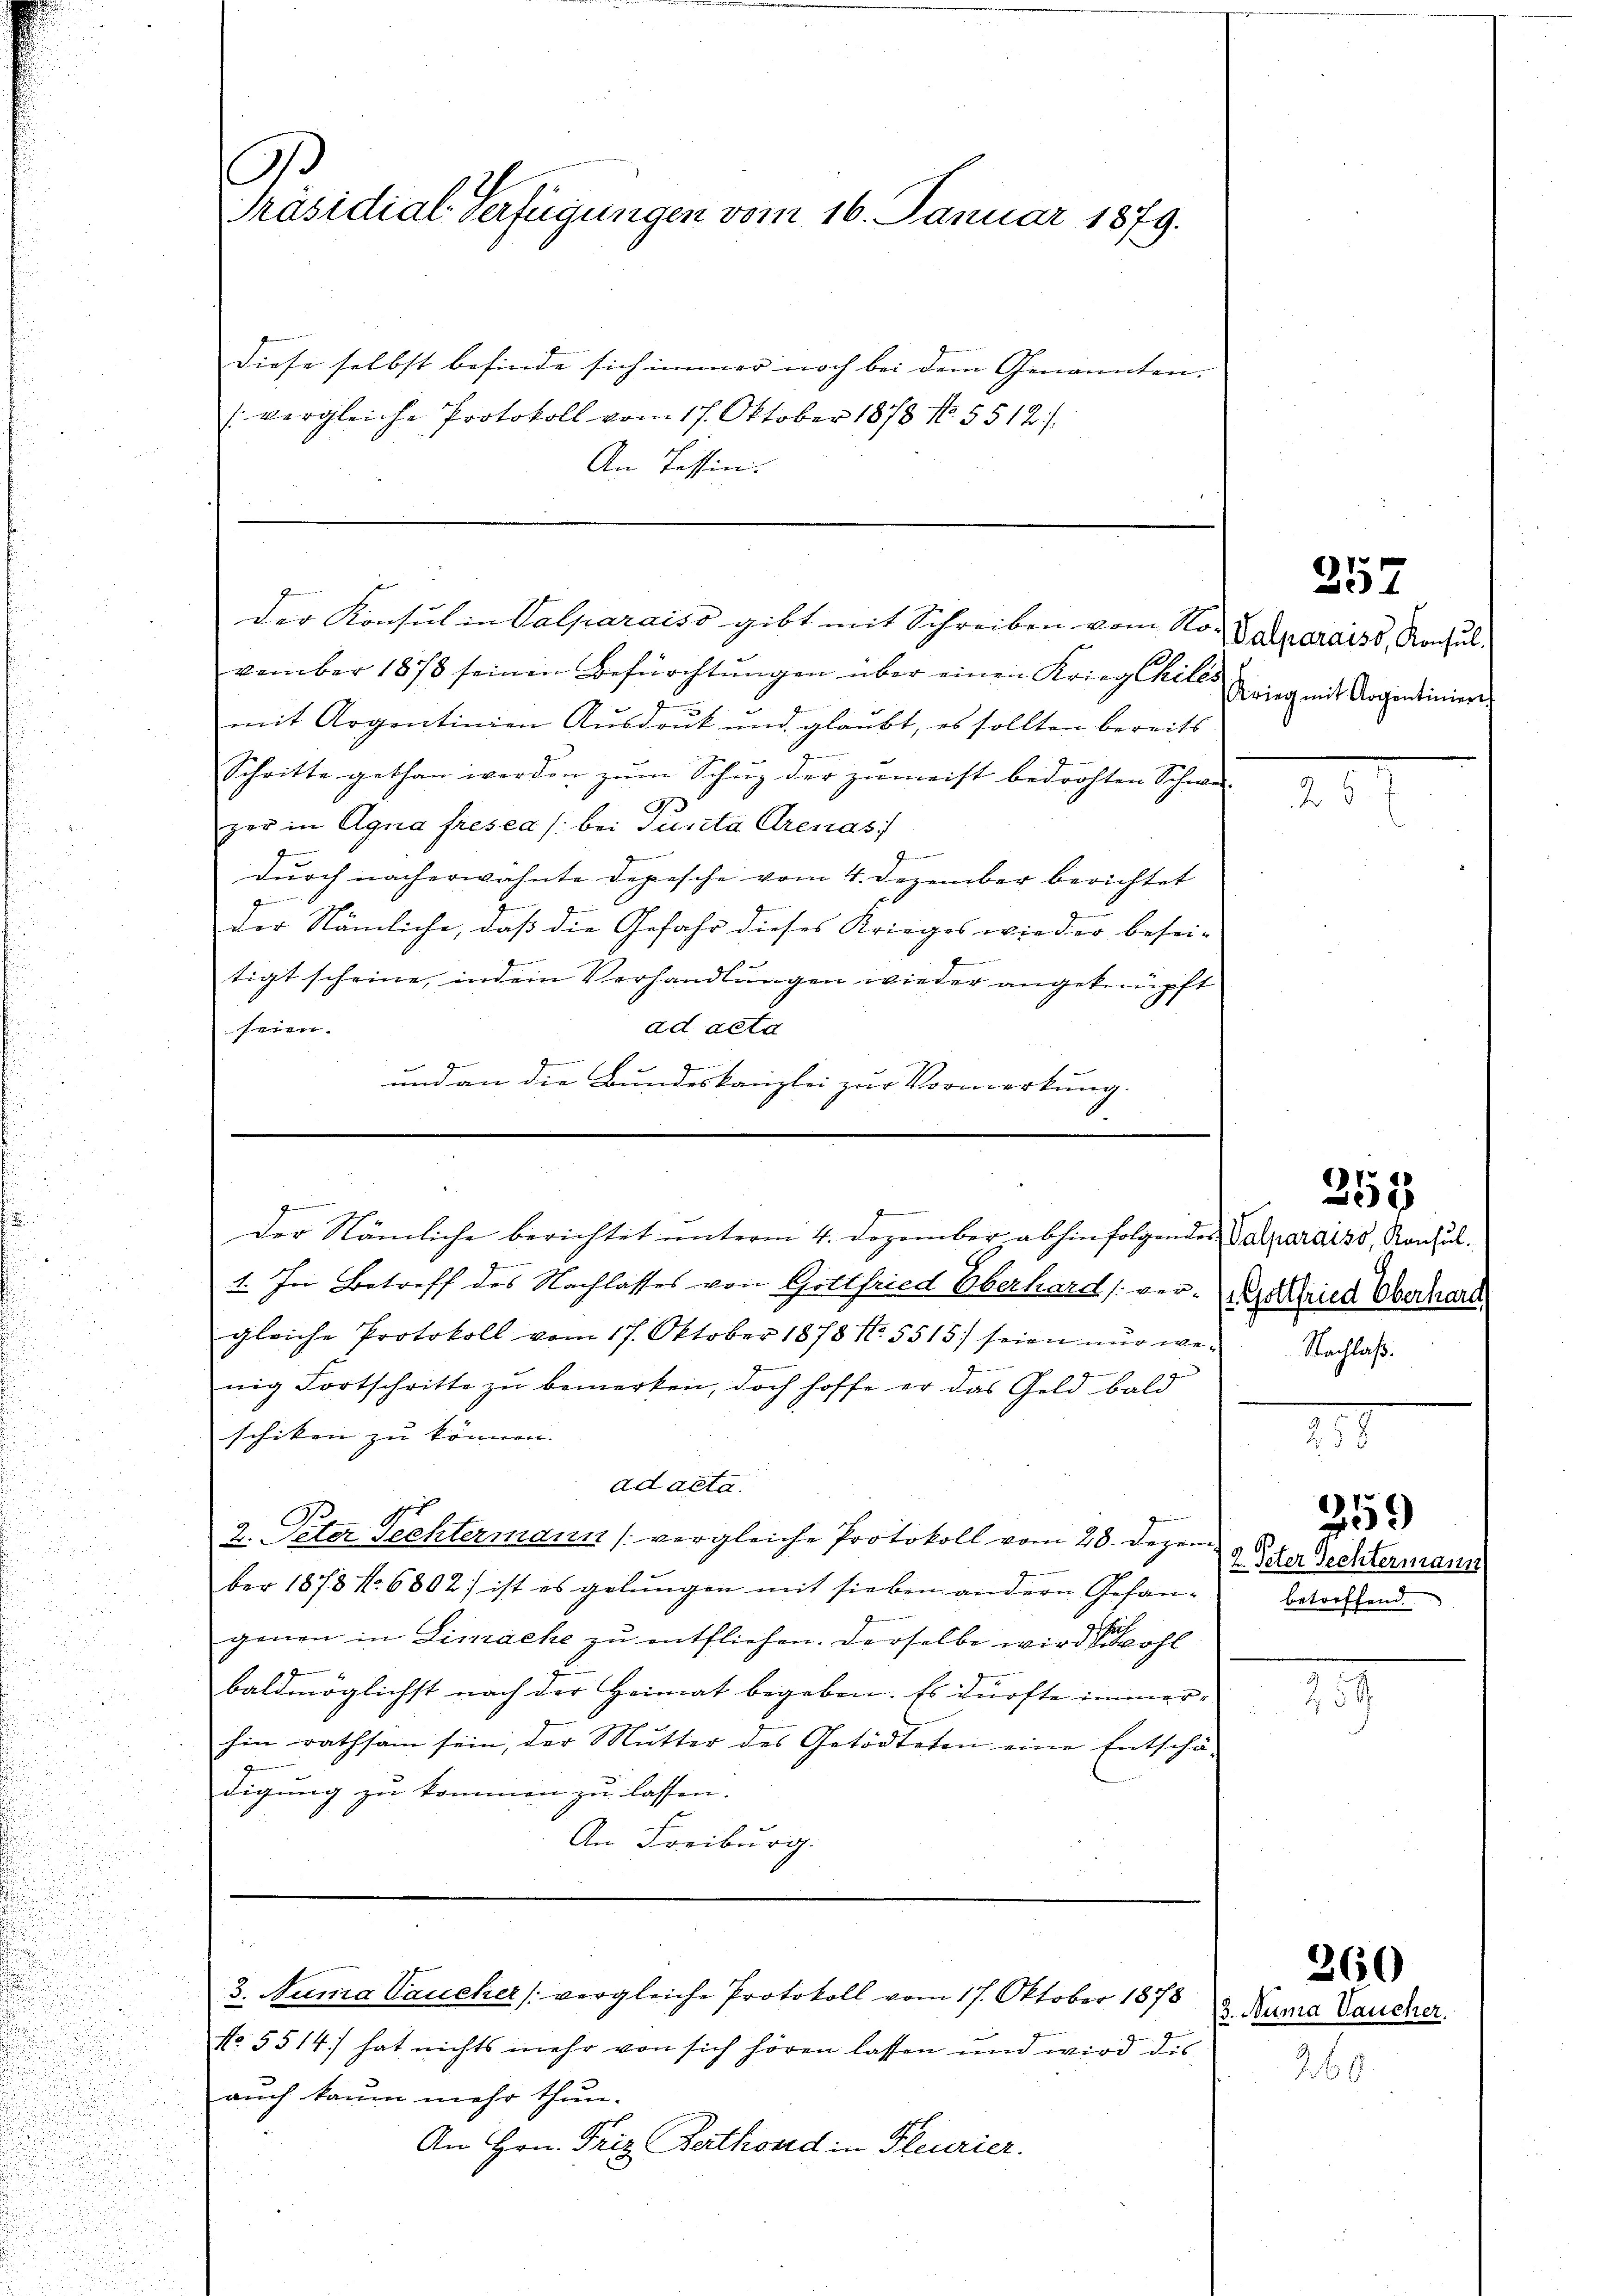
u

.
Präsidial-Verfügungen vom 16. Januar 1879.

Diese selbst befinde sich immer noch bei dem Genannten. |
(vergleiche Protokoll vom 17. Oktober 1878 No. 5512/
An Tessin.

vember 1878 seinen Befürchtŭngen über einen Kriegshiles
mit Argentinien Ausdruck und glaubt, es sollten bereits
Schritte gethan werden zum Schup der zumeist bedrohten Schwe-
zer in Agna fresea /: bei Puncta Arenas
durch nacherwähnte Depesche vom 4. Dezember berichtet
g
der Nämliche, daß die Gefahr dieses Krieges wieder besei-
tigt scheine, indem Verhandlungen wieder angeknüpft
ad acta
seien.
G
und an die Bundeskanzlei zur Vormerkung.
.

Der Konsul in Valparaiso gibt mit Schreiben vom No. V. Deparaiss, Rochul

der Nämliche berichtet unterm 4. Dezember abhin folgendes Valpardiss, Konsul

g
1. In Betreff des Nachlasses von Gottfried Oberhard [ver- Kried Oberhard
gleiche Protokoll vom 17. Oktober 1878 No. 5515. seien nŭr we- Nachlaβ.
nig Fortschritte zu bemerken, doch hoffe er das Geld bald
schiken zu können. |
ad acta.
2. Peter Techtermann (vergleiche Protokoll vom 28. Dezember 1873 No 6802) ist es gelungen mit sieben andern Gefängenen in Limache zu entfliehen. Derselbe wird sie wohl
baldmöglichst nach der Heimat begeben. Es dürfte immer- |
hin rathsam sein, der Mutter des Getödteten eine Entschä-
digung zu kommen zu lassen.
An Freiburg.

3. Numa Vaucker (vergleiche Protokoll vom 17. Oktober 1878

d
No. 5514) hat nichts mehr von sich hören lassen und wird dis-
auch kaum mehr thun.
An Hrn. Friz Parthond in Fleurier.

257

Krieg mit Argentiniere

358

22. Peter Rechtermann
betreffend.

259

259

3. Numa Vaucher.

360

260